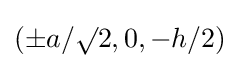
(\pm a/\surd 2,0,-h/2)